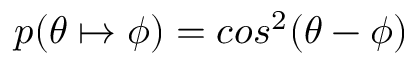
p ( \theta \mapsto \phi ) = c o s ^ { 2 } { ( \theta - \phi ) }